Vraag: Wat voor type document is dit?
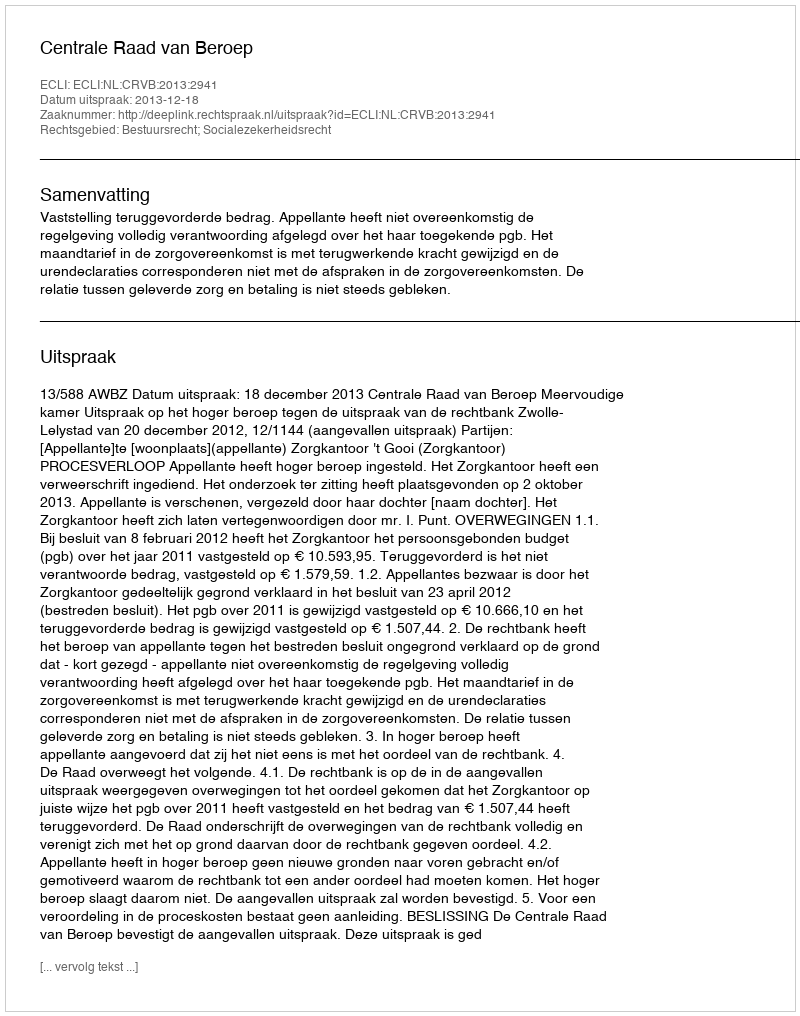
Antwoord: Uitspraak